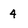
Character: 4